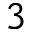
3